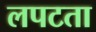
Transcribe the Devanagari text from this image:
लपटता